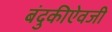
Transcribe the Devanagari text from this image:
बंदुकीऐवजी